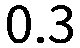
0.3